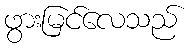
ဖွားမြင်လေသည်